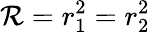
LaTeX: \mathcal{R}=r_{1}^{2}=r_{2}^{2}